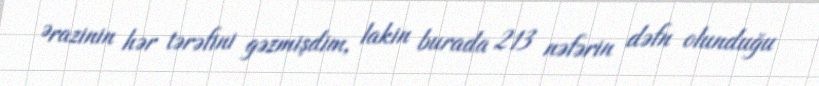
Ərazinin hər tərəfini gəzmişdim, lakin burada 213 nəfərin dəfn olunduğu